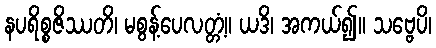
နပရိစ္စဇိဿတိ၊ မစွန့်ပေလတ္တံ့။ ယဒိ၊ အကယ်၍။ သဗ္ဗေပိ၊